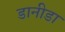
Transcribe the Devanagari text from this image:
डानीडा